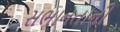
સભાનતાની